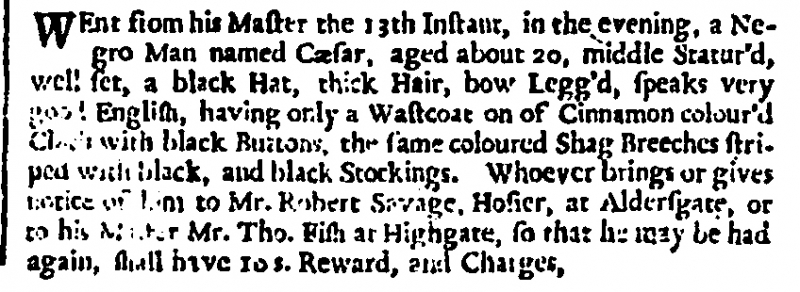
London Gazette, 27 September 1703 (England)
WEnt from his Master the 13th Instant, in the evening, a Negro Man named Cæsar, aged about 20, middle Statur’d, well set, a black Hat, thick Hair, bow Legg’d, speaks very good English, having only a Wastcoat on of Cinnamon colour’d Cloth with black Buttons, the same coloured Shag Breeches striped with black, and black Stockings. Whoever brings or gives notice of him to Mr. Robert Savage, Hosier, at Aldergate, or to his Master Mr. Tho. Fish at Highgate, so that he may be had again, shall have 10s. Reward, and Charges,